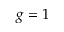
g = 1